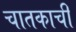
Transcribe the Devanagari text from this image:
चातकाची